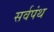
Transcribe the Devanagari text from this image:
सर्वपंथ